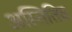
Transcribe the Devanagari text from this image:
अस्तितिव